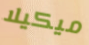
ميكيلا